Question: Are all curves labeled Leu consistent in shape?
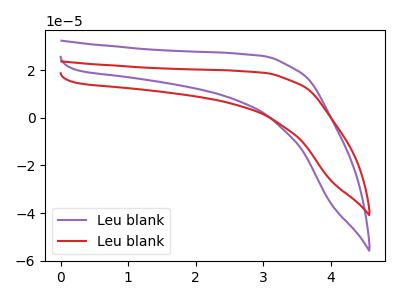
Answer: <think>The purple curve "Leu blank1" has no peaks. The red curve "Leu blank2" has no peaks.
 Neither "Leu blank1" or "Leu blank2" have any peaks.</think>
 <answer>All the CV's of "Leu" have similar shape.</answer>
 <eval>follow_rule</eval>